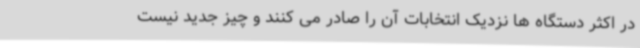
در اکثر دستگاه ها نزدیک انتخابات آن را صادر می کنند و چیز جدید نیست